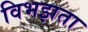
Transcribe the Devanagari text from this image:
विभझता